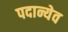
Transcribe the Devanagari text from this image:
पदान्येव